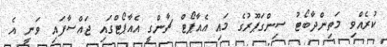
ކުރެއްވި މަތިންދާބޯޓު ސިންގަޕޫރުގެ މައި އެއާޕޯޓް ޗާންގީ އެއާޕޯޓްގައި ޖައްސާފައި ވަނީ އެ